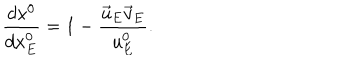
\frac { d x ^ { 0 } } { d x _ { E } ^ { 0 } } = 1 - \frac { \vec { u } _ { E } \vec { v } _ { E } } { u _ { E } ^ { 0 } } .